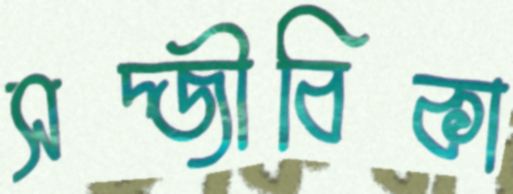
সদ্জীবিকা